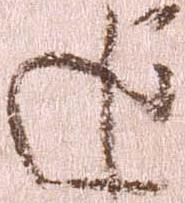
追